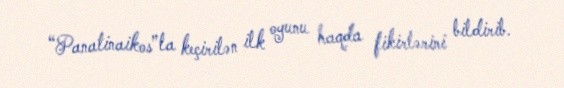
“Panatinaikos”la keçirilən ilk oyunu haqda fikirlərini bildirib.